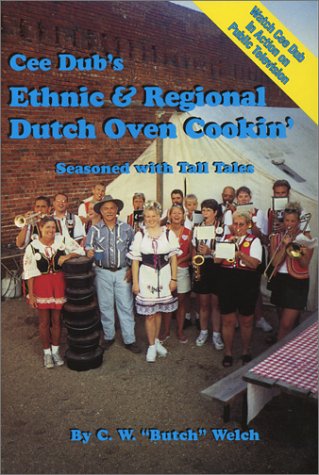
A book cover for Cee Dub's Ethnic & Regional Dutch Oven Cookin'; C. W. "Butch" Welch; Cookbooks, Food & Wine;